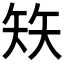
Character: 𰦖